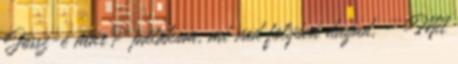
Jössz-e már? patakom, mi vad folyóvá dagad, - Mit